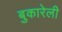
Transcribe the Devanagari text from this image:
बुकारेली